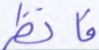
فانظر